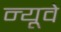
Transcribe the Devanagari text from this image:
न्यूवे